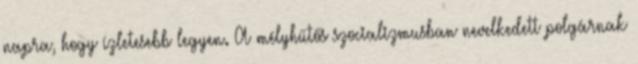
napra, hogy ízletesebb legyen. A mélyhűtős szocializmusban nevelkedett polgárnak